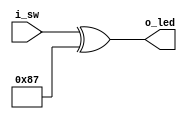
////////////////////////////////////////////////////////////////////////////////
//
//
// Project:	Verilog Tutorial Example file
//
// Purpose:	Verilog design to illustrate the concept of multiple bits
//		in a vector all being operated on at once.  In this example,
//	an incoming 9-bit vector is exclusively xor'd with a fixed value.
//
// Creator:	Dan Gisselquist, Ph.D.
//		Gisselquist Technology, LLC
//
////////////////////////////////////////////////////////////////////////////////
//
// Written and distributed by Gisselquist Technology, LLC
//
// This program is hereby granted to the public domain.
//
// This program is distributed in the hope that it will be useful, but WITHOUT
// ANY WARRANTY; without even the implied warranty of MERCHANTIBILITY or
// FITNESS FOR A PARTICULAR PURPOSE.
//
////////////////////////////////////////////////////////////////////////////////
//
//
`default_nettype none
//
module maskbus(i_sw, o_led);
	input	wire	[8:0]	i_sw;
	output	wire	[8:0]	o_led;

	wire	[8:0]	w_internal;

	assign	w_internal = 9'h87;
	assign	o_led = i_sw ^ w_internal;
endmodule